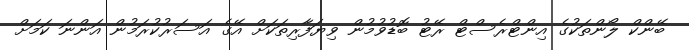
ބޭންކް ލޯންތަކުގެ އިންޓްރެސްޓް ރޭޓު ބޮޑުވުމުން ވިޔަފާރިތަކަށް އޭގެ އަސަރުކުރަމުން އަންނަ ކަމަށް